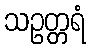
သဥတ္တရံ